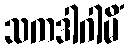
သကဒါဂါမိံ